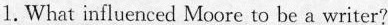
1. What influenced Moore to be a writer?